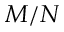
M / N